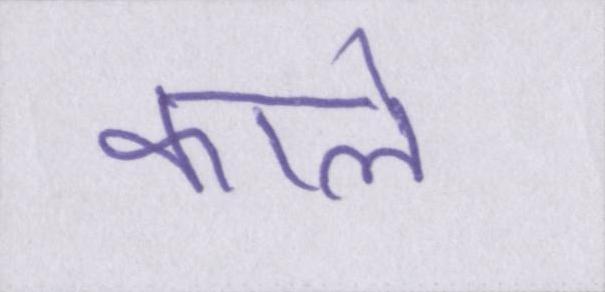
काले